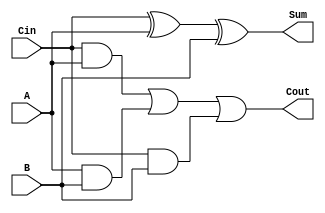
module fa (
  input Cin, A, B,
  output Cout, Sum
);

  assign Sum = Cin ^ A ^ B;
  assign Cout = ( Cin & A ) | ( A & B ) | ( Cin & B );

endmodule

module fa4bit (
  input Cin,
  input [3:0] A, B,
  output [4:0] F
);

  wire [2:0] Cout;

  fa U0 ( Cin,     A[0], B[0], Cout[0], F[0] );
  fa U1 ( Cout[0], A[1], B[1], Cout[1], F[1] );
  fa U2 ( Cout[1], A[2], B[2], Cout[2], F[2] );
  fa U3 ( Cout[2], A[3], B[3],    F[4], F[3] );

endmodule

module fa5bit (
  input Cin,
  input [4:0] A, B,
  output [5:0] F
);

  wire [3:0] Cout;

  fa U0 ( Cin,     A[0], B[0], Cout[0], F[0] );
  fa U1 ( Cout[0], A[1], B[1], Cout[1], F[1] );
  fa U2 ( Cout[1], A[2], B[2], Cout[2], F[2] );
  fa U3 ( Cout[2], A[3], B[3], Cout[3], F[3] );
  fa U4 ( Cout[3], A[4], B[4],    F[5], F[4] );

endmodule